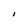
Character: I